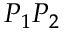
P _ { 1 } P _ { 2 }